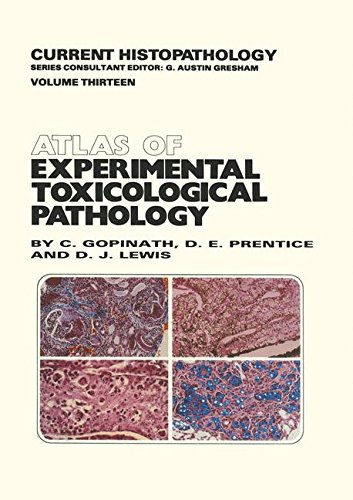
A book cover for Atlas of Experimental Toxicological Pathology (Current Histopathology); C. Gopinath; Medical Books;